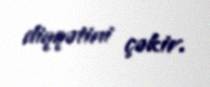
diqqətini çəkir.